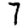
Digit: 7